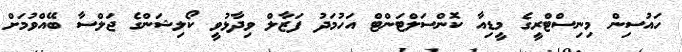
ހައުސިން މިނިސްޓްރީގެ މީޑިއާ ކޮންސަލްޓަންޓް އަހުމަދު ފަޒާލް ވިދާޅުވީ ކޯލިޝަންގެ ޖަލްސާ ބޭއްވުމަށް